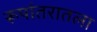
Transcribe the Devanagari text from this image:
रूपांतरातला